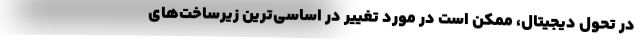
در تحول دیجیتال، ممکن است در مورد تغییر در اساسی‌ترین زیرساخت‌های